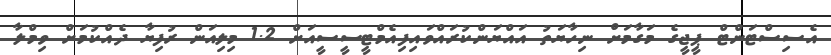
އެސިސްޓަންޓް ޕީޖީގެ މަގާމަށް ނިހާޔަތު އައްޔަންކުރައްވައިފިއެމްޓީސީސީއަށް 1.2 މިލިއަން ރުފިޔާ ދެއްކުމަށް ވިމްލާ